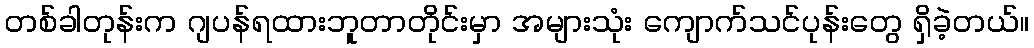
တစ်ခါတုန်းက ဂျပန်ရထားဘူတာတိုင်းမှာ အများသုံး ကျောက်သင်ပုန်းတွေ ရှိခဲ့တယ်။